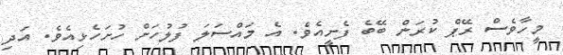
މީހާވެސް ރޭޕް ކުރަން ބޭބެ ފެށީއެވެ. އެ މައްސަލަ ފުލުހަށް ހުށަހެޅިއެވެ. އަދި